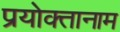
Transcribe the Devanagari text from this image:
प्रयोक्तानाम